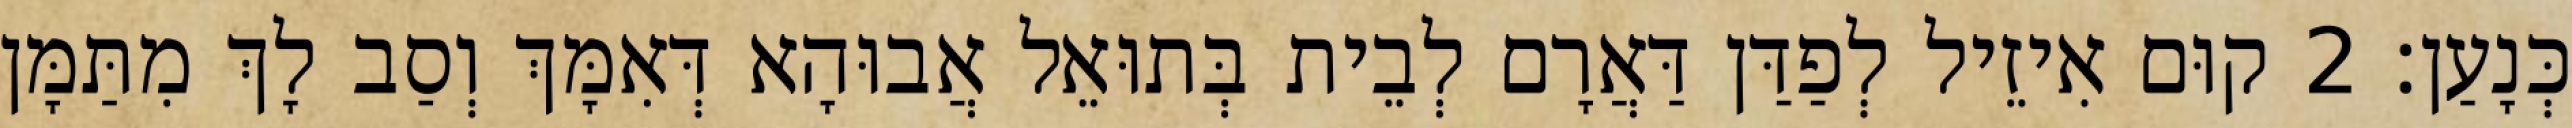
כְּנָעַן׃ 2 קוּם אִיזֵיל לְפַדַּן דַּאֲרָם לְבֵית בְּתוּאֵל אֲבוּהָא דְּאִמָּךְ וְסַב לָךְ מִתַּמָּן